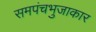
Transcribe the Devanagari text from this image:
समपंचभुजाकार